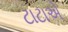
ટાટાએ